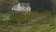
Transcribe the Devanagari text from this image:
आर्मागेडॉन